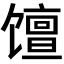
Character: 𫗴